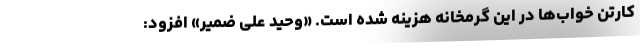
کارتن خواب‌ها در این گرمخانه هزینه شده است. «وحید علی ضمیر» افزود: